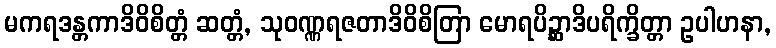
မကရဒန္တကာဒိဝိစိတ္တံ ဆတ္တံ, သုဝဏ္ဏရဇတာဒိဝိစိတြာ မောရပိဉ္ဆာဒိပရိက္ခိတ္တာ ဥပါဟနာ,